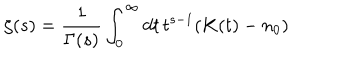
\zeta ( s ) = { \frac { 1 } { \Gamma ( s ) } } \int _ { 0 } ^ { \infty } d t \, t ^ { s - 1 } ( K ( t ) - n _ { 0 } )